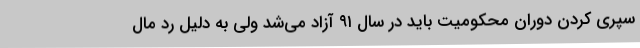
سپری کردن دوران محکومیت باید در سال ۹۱ آزاد می‌شد ولی به دلیل رد مال